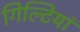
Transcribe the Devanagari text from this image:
गिल्टियां